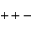
+ + -